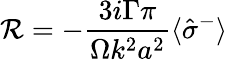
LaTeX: {\cal R}=-\frac{3i\Gamma\pi}{\Omega k^{2}a^{2}}\langle\hat{\sigma}^{-}\rangle